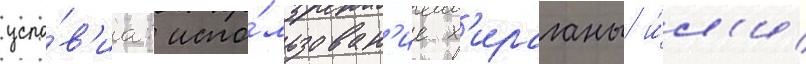
усло́в'иа: испо́льзован'ие х'ираганы и́л'и